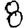
Digit: 8